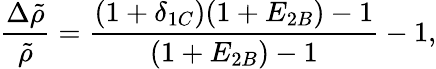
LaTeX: \frac{\Delta\tilde{\rho}}{\tilde{\rho}}=\frac{(1+\delta_{1C})(1+E_{2B})-1}{(1+E_{2B})-1}-1,